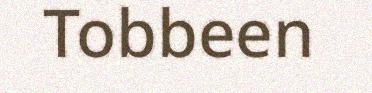
Tobbeen